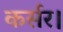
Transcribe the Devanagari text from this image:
कर्सर।